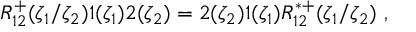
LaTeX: R _ { 1 2 } ^ { + } ( \zeta _ { 1 } / \zeta _ { 2 } ) \L { 1 } ( \zeta _ { 1 } ) \L { 2 } ( \zeta _ { 2 } ) = \L { 2 } ( \zeta _ { 2 } ) \L { 1 } ( \zeta _ { 1 } ) R _ { 1 2 } ^ { * + } ( \zeta _ { 1 } / \zeta _ { 2 } ) ~ ,